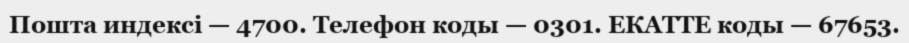
Пошта индексі — 4700. Телефон коды — 0301. ЕКАТТЕ коды — 67653.